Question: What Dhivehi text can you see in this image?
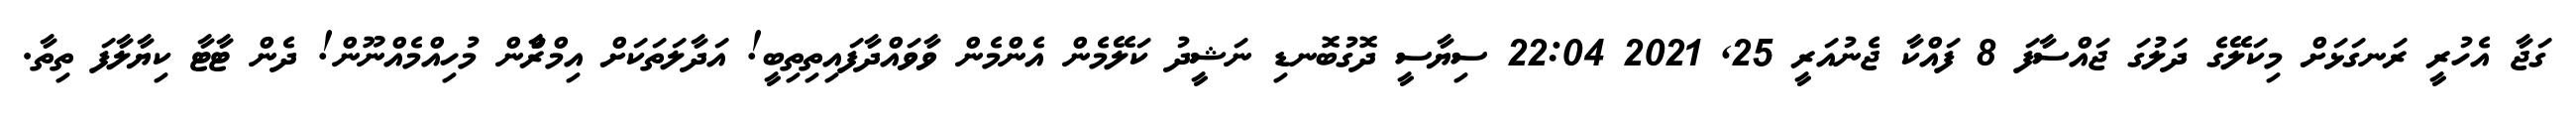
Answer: ގަޖާ އެހުރީ ރަނގަޅަށް މިކަލޭގެ ދަލުގަ ޖައްސާފަ 8 ފައްކާ ޖެނުއަރީ 25, 2021 22:04 ސިޔާސީ ދޮގުބޮނޑި ނަޝީދު ކަލޭމެން އެންމެން ވާވައްދާފައިތިތިބީ! އަދާލަތަކަށް އިމްރާްން މުހިއްމެއްނޫން! ދެން ޓާޓާ ކިޔާލާފަ ތިތާ.